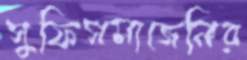
সুফিসমাজেনির